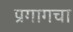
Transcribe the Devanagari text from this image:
प्रगागचा